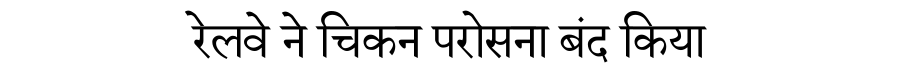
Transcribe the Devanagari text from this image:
रेलवे ने चिकन परोसना बंद किया